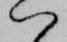
ハ